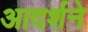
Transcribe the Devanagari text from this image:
आदर्शने